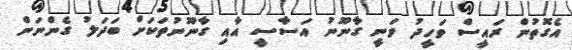
އެގޮތުން ރައީސް ވަހީދު ވަނީ ގާނޫނު އަސާސީ އާއި ގާނޫނުތަކަށް ބަދަލު ގެންނަން